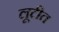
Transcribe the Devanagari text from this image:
लूटीत